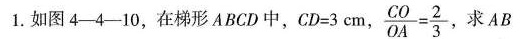
1.如图4-4-10，在梯形ABCD中，$$C D = 3 cm$$，$$\frac { C O } { O A } = \frac { 2 } { 3 }$$，求AB